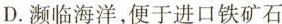
D.濒临海洋，便于进口铁矿石